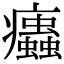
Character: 𤼖